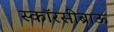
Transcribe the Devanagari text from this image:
स्कॉरसीब्राऊ